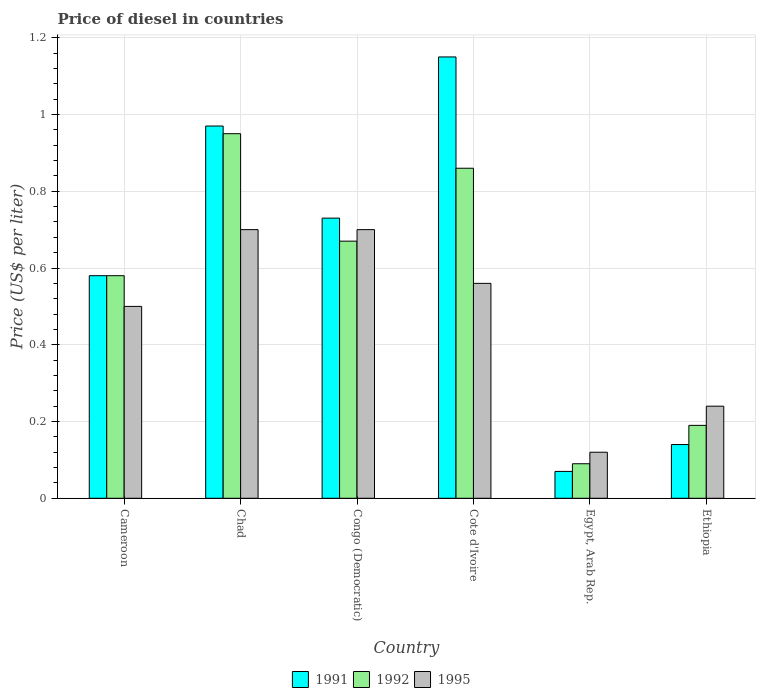
| Country | 1991 | 1992 | 1995 |
 | --- | --- | --- | --- |
 | Cameroon | 0.58 | 0.58 | 0.5 |
 | Chad | 0.97 | 0.95 | 0.7 |
 | Congo (Democratic) | 0.73 | 0.67 | 0.7 |
 | Cote d'Ivoire | 1.15 | 0.86 | 0.56 |
 | Egypt, Arab Rep. | 0.07 | 0.09 | 0.12 |
 | Ethiopia | 0.14 | 0.19 | 0.24 |